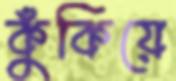
কুঁকিয়ে